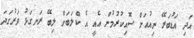
އަދި އަޑުބަރޭ ނިއުއަށް ސޮއިކުރުމުން އެއީ އެ ކްލަބަށް ލިބޭ ރަނގަޅު ވަރުގަދަ